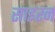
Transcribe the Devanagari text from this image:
साइरन